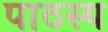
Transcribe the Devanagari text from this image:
पाठस्य